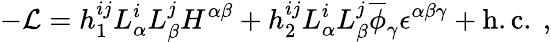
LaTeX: -{\cal L}=h_{1}^{ij}L_{\alpha}^{i}L_{\beta}^{j}H^{\alpha\beta}+h_{2}^{ij}L_{\alpha}^{i}L_{\beta}^{j}\overline{{{\phi}}}_{\gamma}\epsilon^{\alpha\beta\gamma}+\mathrm{h.c.\ ,}